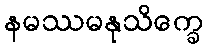
နမဿမနုသိက္ခေ